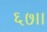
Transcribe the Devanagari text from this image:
६७।।